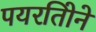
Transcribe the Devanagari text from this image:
पयरतिोने